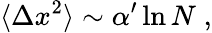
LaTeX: \langle\Delta x^{2}\rangle\sim\alpha^{\prime}\ln N\; ,